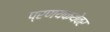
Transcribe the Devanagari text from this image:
प्रणयकथेवर